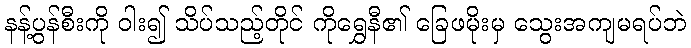
နန့်ပွန်စီးကို ဝါး၍ သိပ်သည့်တိုင် ကိုရွှေနီ၏ ခြေဖမိုးမှ သွေးအကျမရပ်ဘဲ